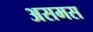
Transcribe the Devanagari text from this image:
असमस